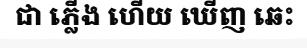
ជា ភ្លើង ហើយ ឃើញ ឆេះ